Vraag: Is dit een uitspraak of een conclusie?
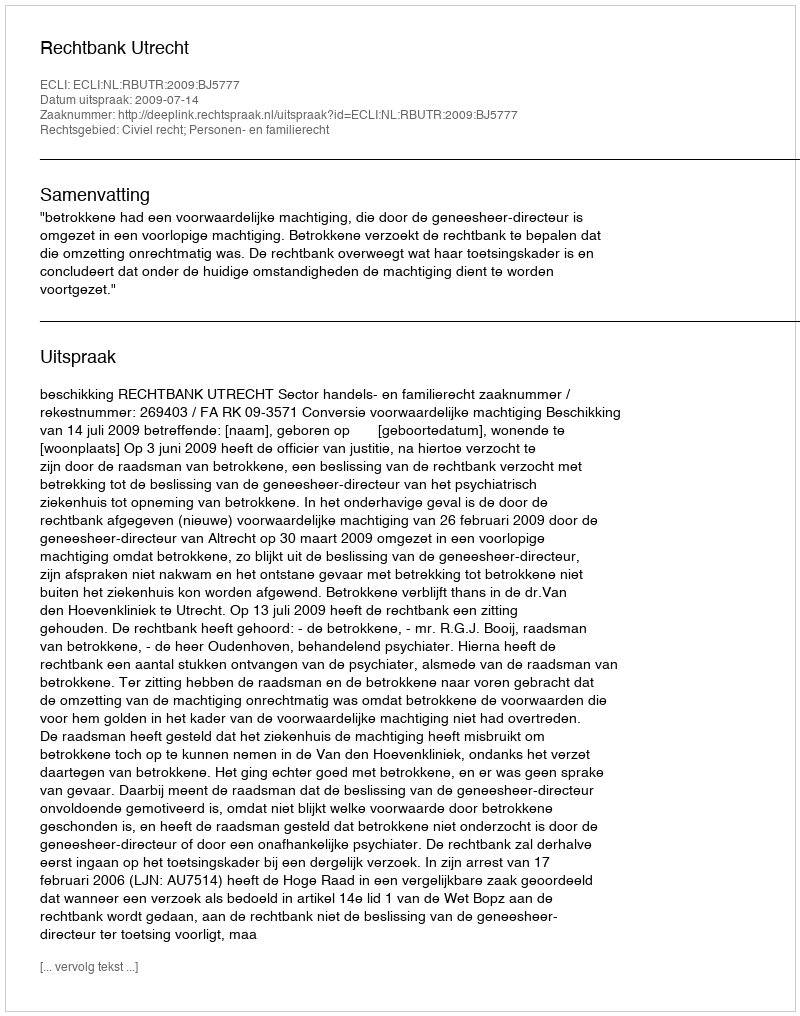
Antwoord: Uitspraak